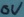
Text: ov